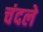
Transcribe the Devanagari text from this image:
चंदले